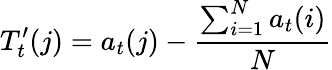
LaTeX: T_{t}^{\prime}(j)=a_{t}(j)-\frac{\sum_{i=1}^{N}a_{t}(i)}{N}